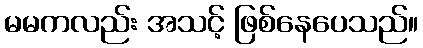
မမကလည်း အသင့် ဖြစ်နေပေသည်။